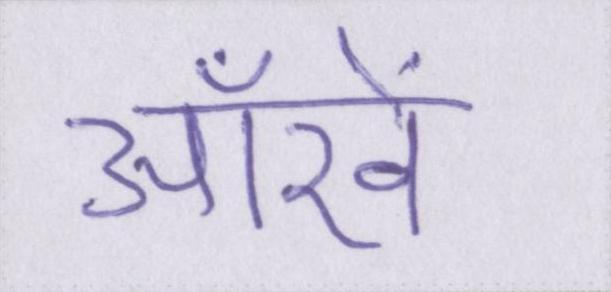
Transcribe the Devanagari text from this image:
आँखें